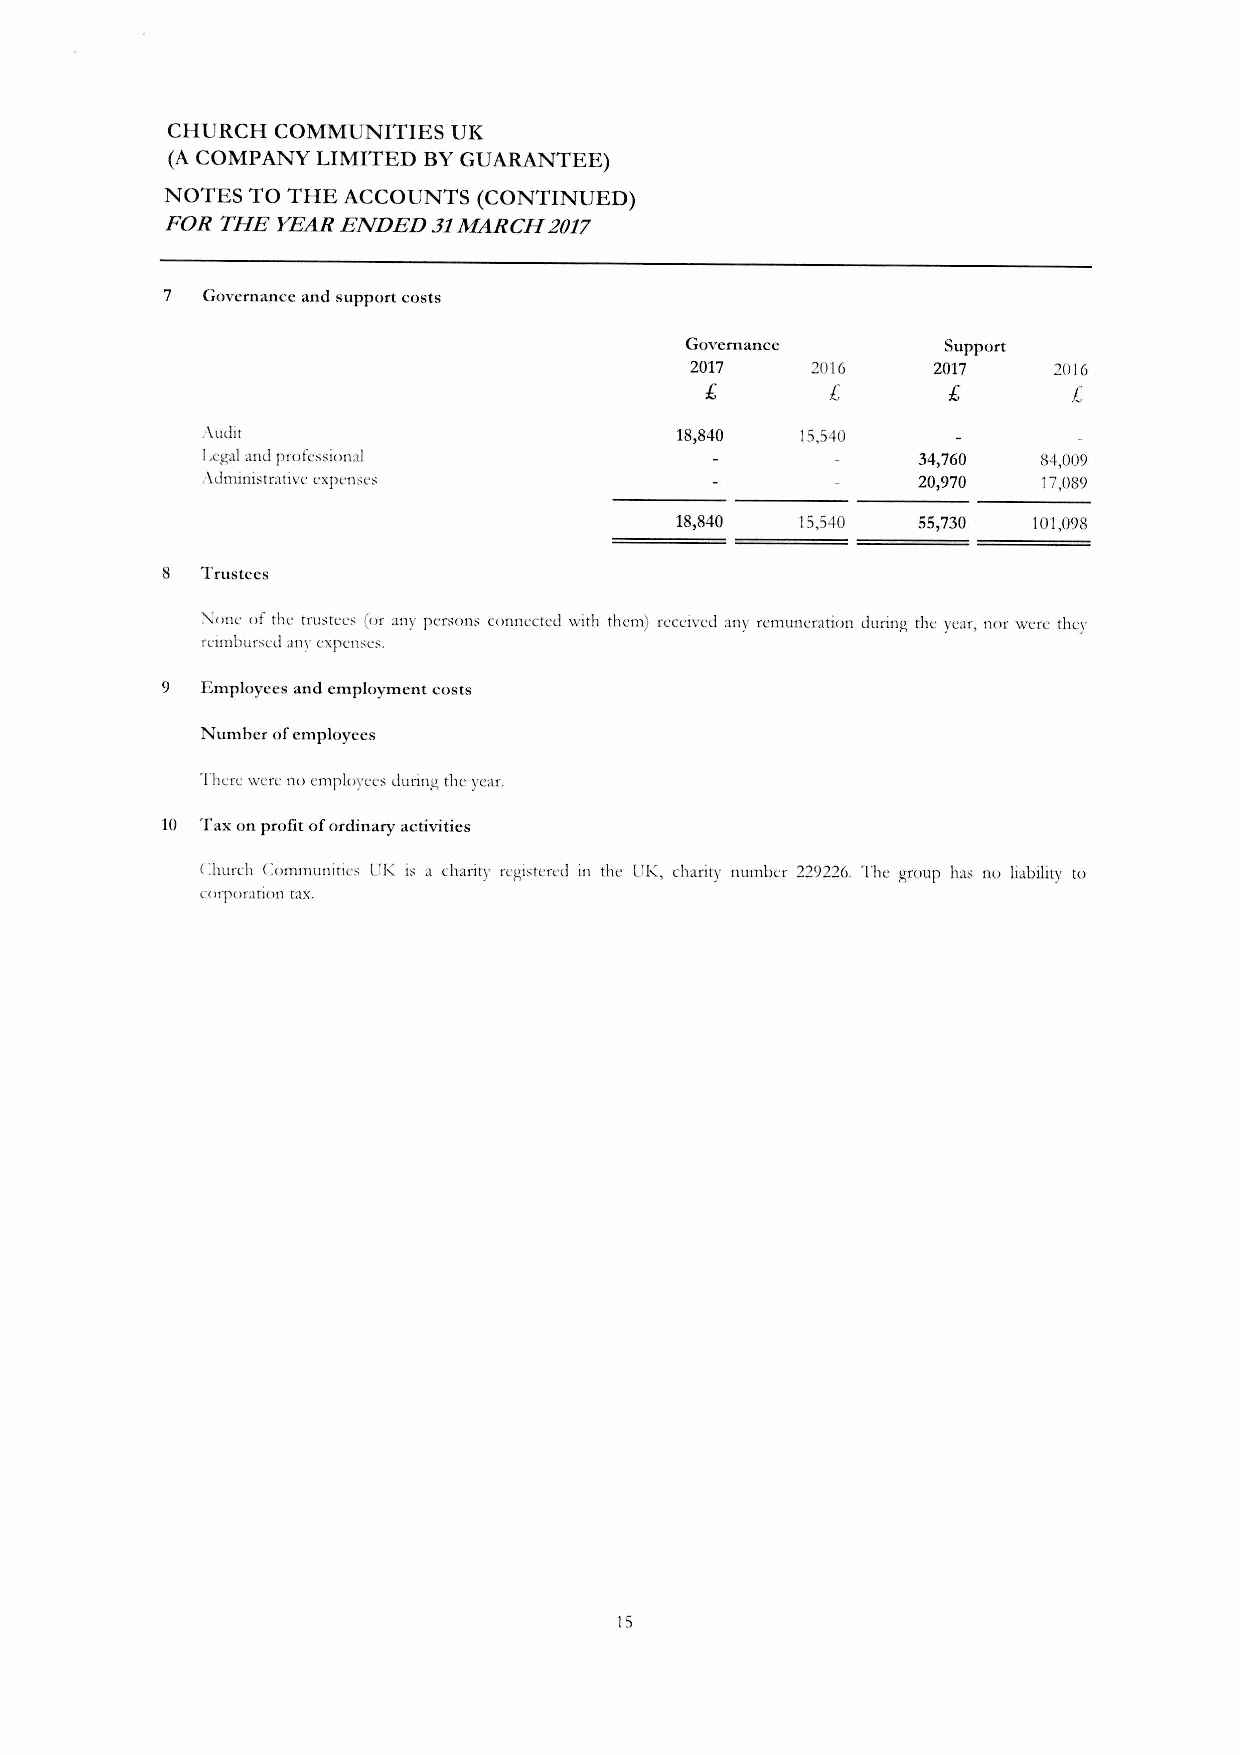
CHURCH COMMUNITIES UK
 (A COMPANY LIMITED BY GUARANTEE)
 NOTES TO THE ACCOUNTS (CONTINUED)
 FOR THE YEARENDED 31MARCH 2017
 7 Governance and support costs
 Governance       Support
 2017    2016    2017    2016
 £       £       £       £
 ;\uJit                          18,840  15,540
 1,egal anJ professional                         34,760  84,009
 AJmini,trntivc ('XPCllo'(."                     20,970  17,089
 18,840  15,540  55,730 101,098
 8 Trustees
 ~onl' of the trustee, (or any per,on, connected with them) received any remuneration during the year, nor Were the),
 reimbur,ed any expen,e,.
 9 Employees and employment costs
 Number of employees
 There Were no employees during the year.
 10 Tax on profit of ordinary activities
 Church Communities UK is a charity rcgi,tercJ in th(.' UK, chariry numbn 229226. The group has no liability to
 corporation tax.
 15